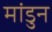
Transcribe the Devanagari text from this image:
मांडुन